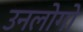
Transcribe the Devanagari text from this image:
उनलोगो